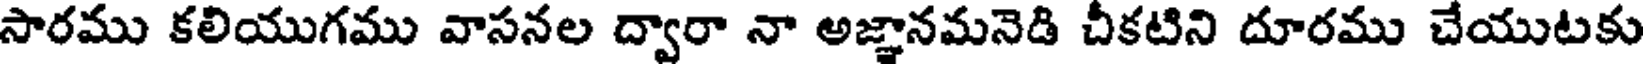
సారము కలియుగము వాసనల ద్వారా నా అజ్ఞానమనెడి చీకటిని దూరము చేయుటకు